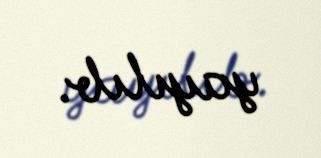
yayılıb.